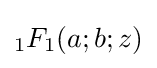
{}_{1}F_{1}(a;b;z)